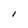
Character: l